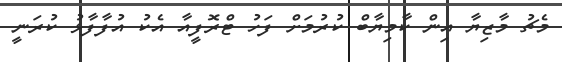
މެޗު މާޒިޔާ އިން ކާމިޔާބް ކުރުމަށް ފަހު ޓްރޮފީއާ އެކު އުފާފާޅު ކުރަނީ